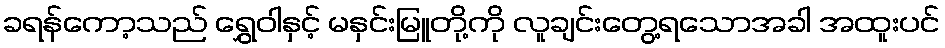
ခရန်ကော့သည် ရွှေဝါနှင့် မနှင်းမြူတို့ကို လူချင်းတွေ့ရသောအခါ အထူးပင်